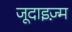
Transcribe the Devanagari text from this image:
जूदाइज़्म